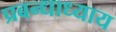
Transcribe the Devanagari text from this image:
प्रबन्धाध्याय